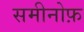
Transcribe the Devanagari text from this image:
समीनोफ़